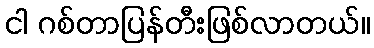
ငါ ဂစ်တာပြန်တီးဖြစ်လာတယ်။